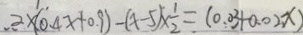
2 \times ( 0 . 4 x + 0 . 9 ) - ( x - 5 ) \times \frac { 1 } { 2 } = ( 0 . 0 3 + 0 . 0 2 x )